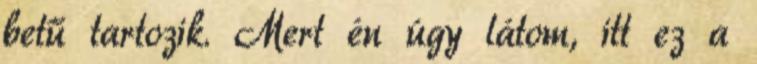
betű tartozik. Mert én úgy látom, itt ez a